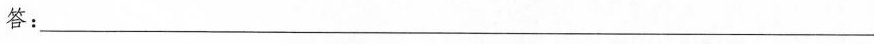
答：___